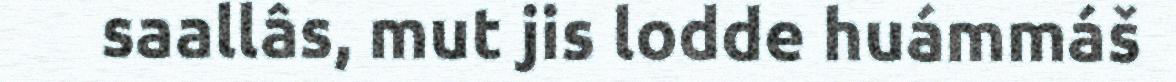
saallâs, mut jis lodde huámmáš